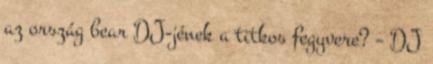
az ország bear DJ-jének a titkos fegyvere? – DJ